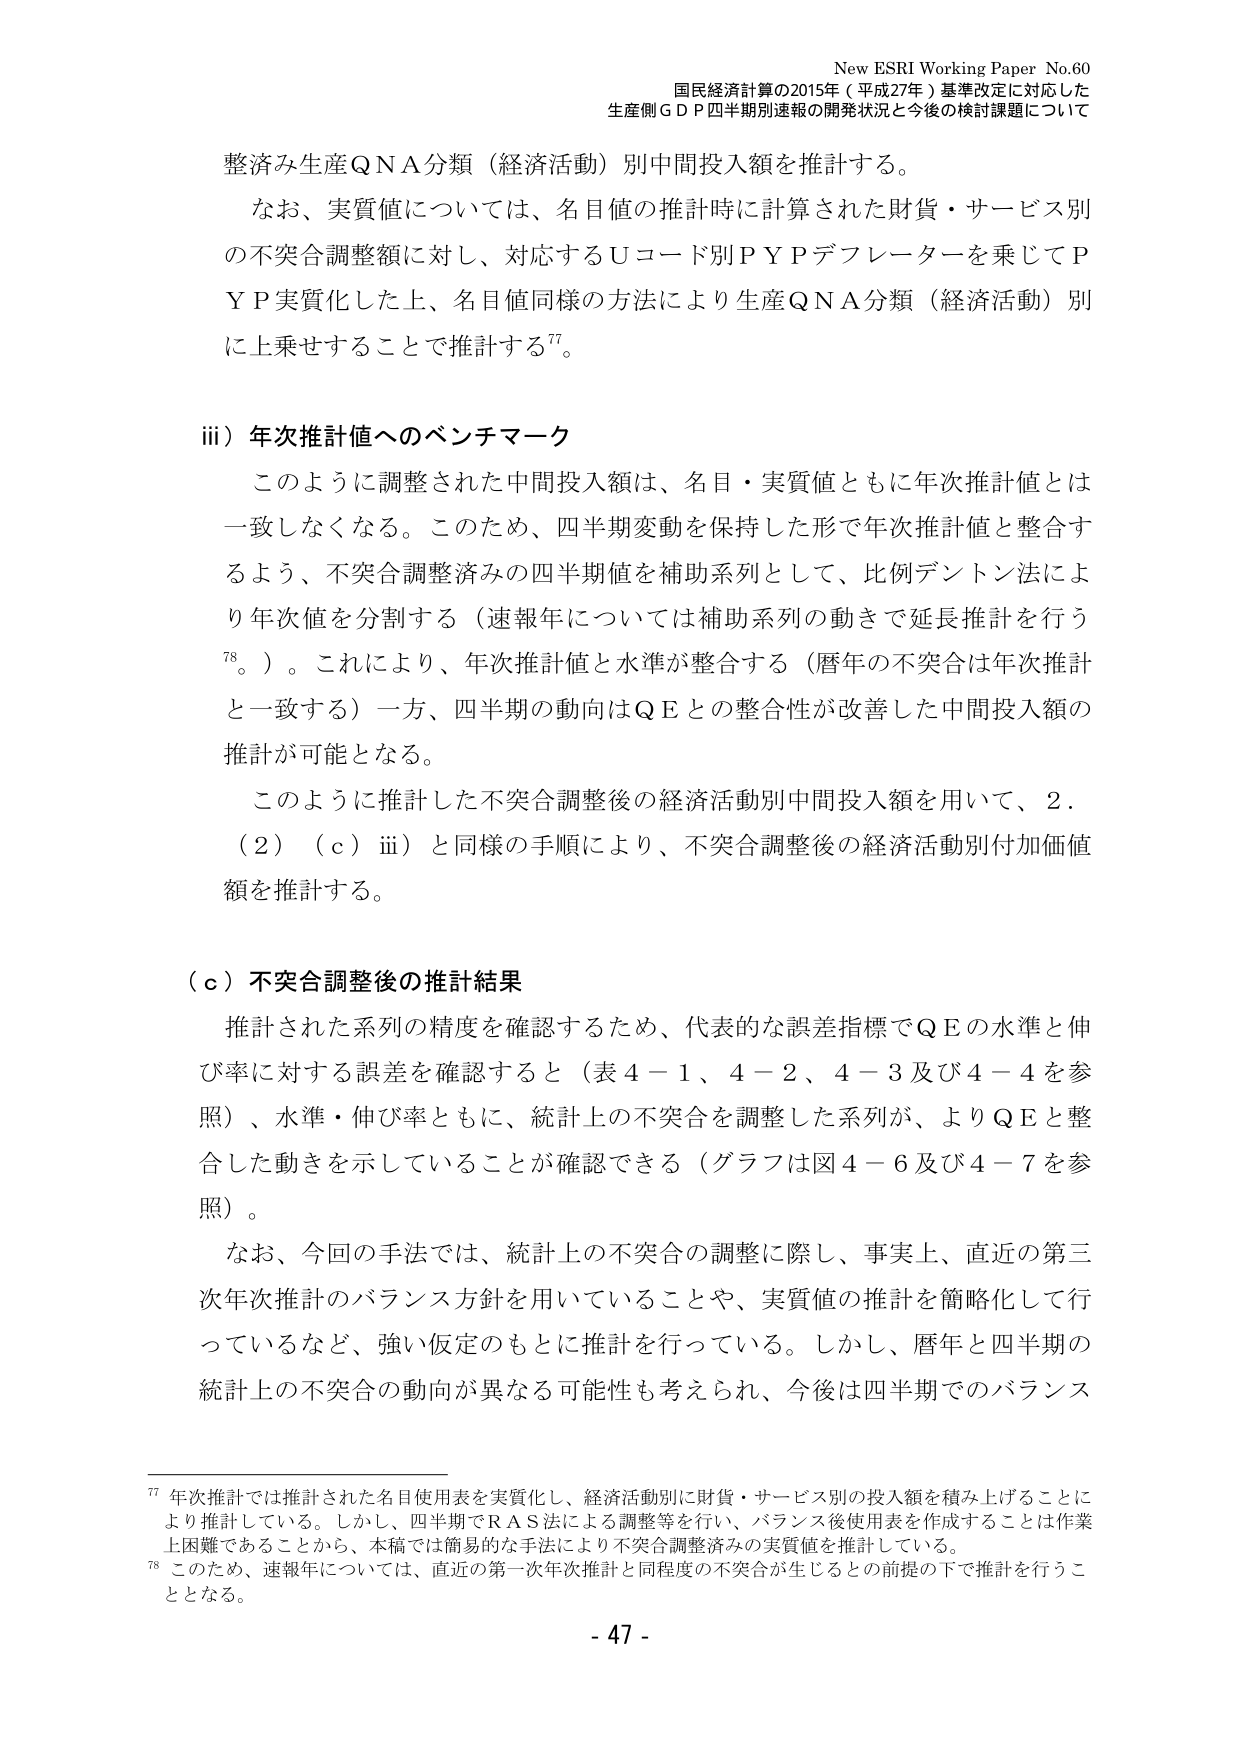
New ESRI Working Paper No.60
国民経済計算の2015年（平成27年）基準改定に対応した
生産側ＧＤＰ四半期別速報の開発状況と今後の検討課題について

整済み生産ＱＮＡ分類（経済活動）別中間投入額を推計する。
なお、実質値については、名目値の推計時に計算された財貨・サービス別
の不突合調整額に対し、対応するＵコード別ＰＹＰデフレーターを乗じてＰ
ＹＰ実質化した上、名目値同様の方法により生産ＱＮＡ分類（経済活動）別
に上乗せすることで推計する⁷⁷。

iii）年次推計値へのベンチマーク
このように調整された中間投入額は、名目・実質値ともに年次推計値とは
一致しなくなる。このため、四半期変動を保持した形で年次推計値と整合す
るよう、不突合調整済みの四半期値を補助系列として、比例デントン法によ
り年次値を分割する（速報年については補助系列の動きで延長推計を行う
⁷⁸。）。これにより、年次推計値と水準が整合する（暦年の不突合は年次推計
と一致する）一方、四半期の動向はＱＥとの整合性が改善した中間投入額の
推計が可能となる。
このように推計した不突合調整後の経済活動別中間投入額を用いて、2．
（2）（ｃ）iii）と同様の手順により、不突合調整後の経済活動別付加価値
額を推計する。

（ｃ）不突合調整後の推計結果
推計された系列の精度を確認するため、代表的な誤差指標でＱＥの水準と伸
び率に対する誤差を確認すると（表4－1、4－2、4－3及び4－4を参
照）、水準・伸び率ともに、統計上の不突合を調整した系列が、よりＱＥと整
合した動きを示していることが確認できる（グラフは図4－6及び4－7を参
照）。
なお、今回の手法では、統計上の不突合の調整に際し、事実上、直近の第三
次年次推計のバランス方針を用いていることや、実質値の推計を簡略化して行
っているなど、強い仮定のもとに推計を行っている。しかし、暦年と四半期の
統計上の不突合の動向が異なる可能性も考えられ、今後は四半期でのバランス

⁷⁷ 年次推計では推計された名目使用表を実質化し、経済活動別に財貨・サービス別の投入額を積み上げることに
より推計している。しかし、四半期でＲＡＳ法による調整等を行い、バランス後使用表を作成することは作業
上困難であることから、本稿では簡易的な手法により不突合調整済みの実質値を推計している。
⁷⁸ このため、速報年については、直近の第一次年次推計と同程度の不突合が生じるとの前提の下で推計を行うこ
ととなる。

- 47 -